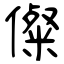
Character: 儏